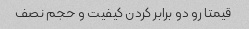
قیمتا رو دو برابر کردن کیفیت و حجم نصف